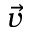
\vec { v }